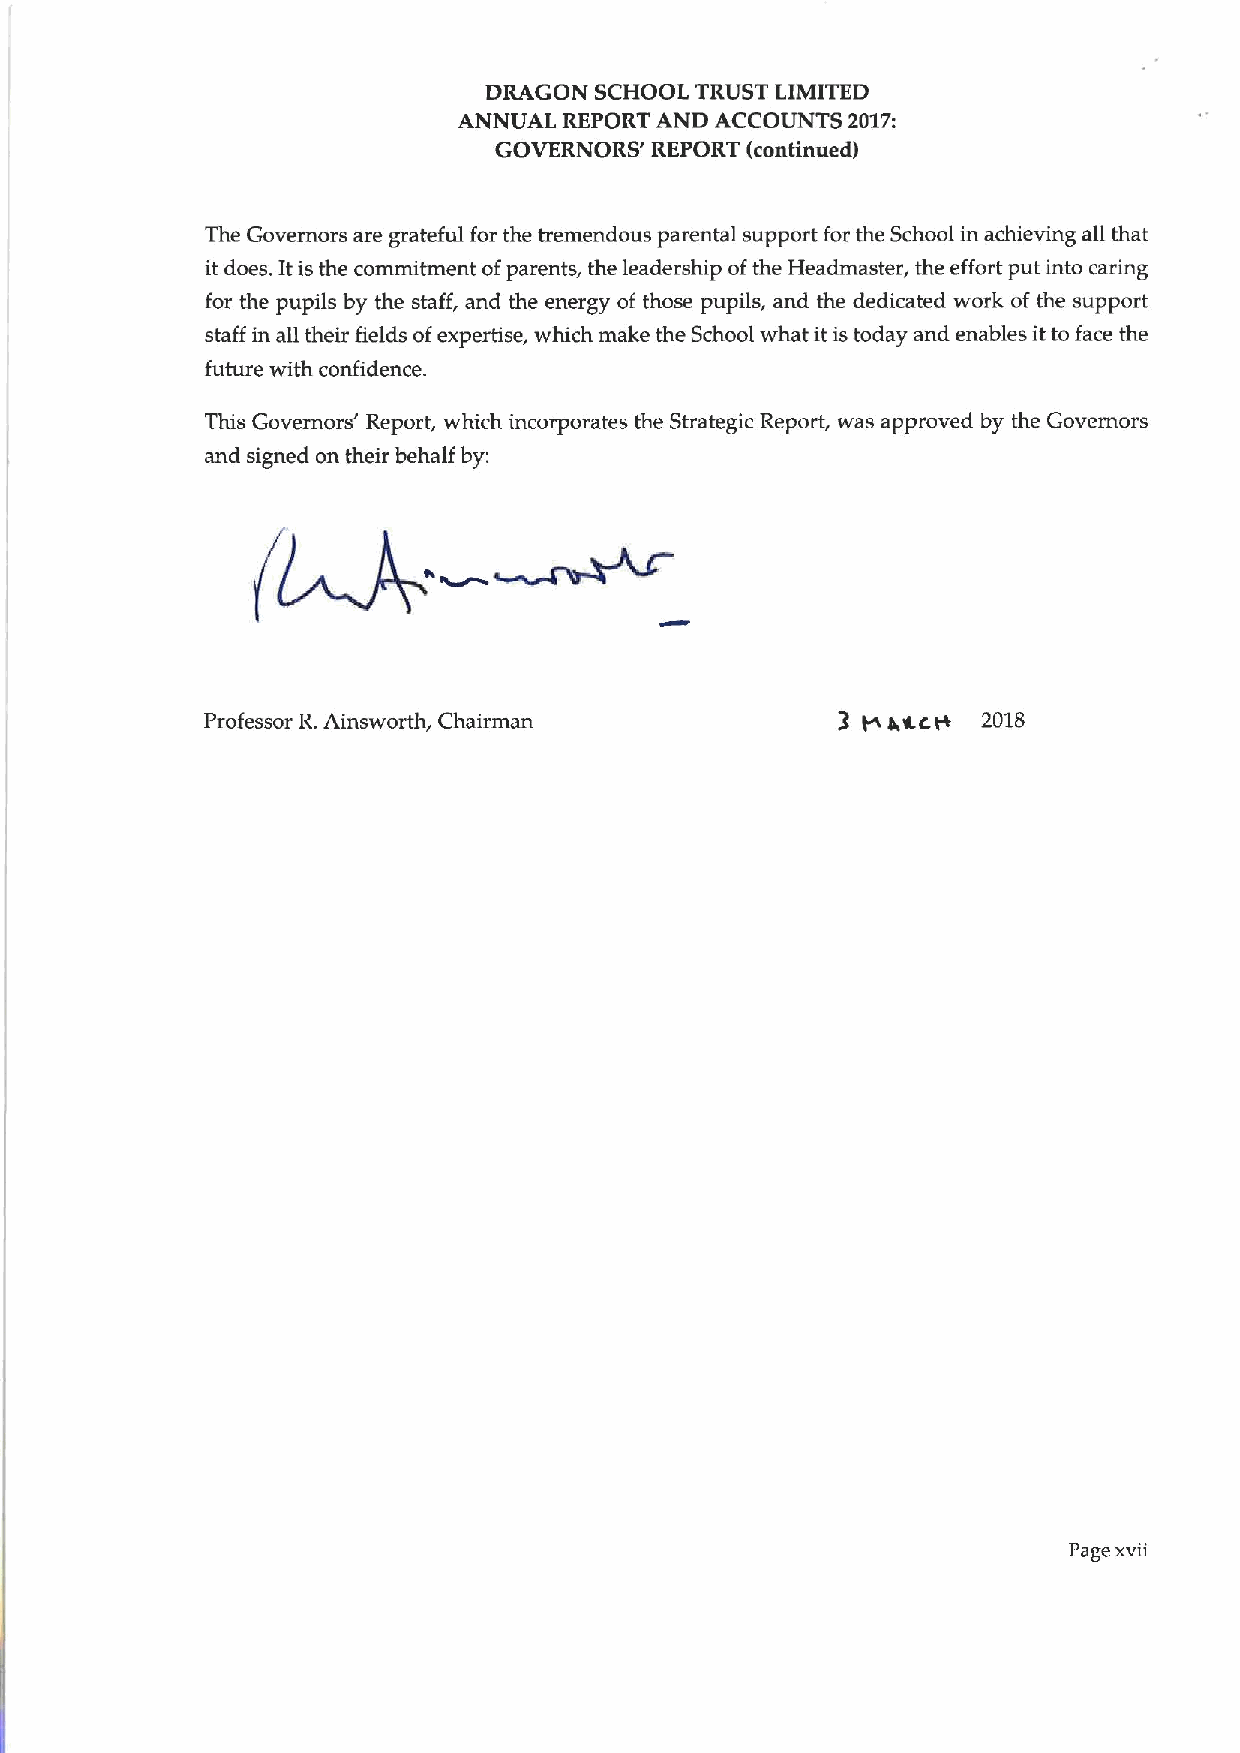
DRAGON SCHOOL TRUST LIMITED
 ANNUAL REPORT AND ACCOUNTS 2017:
 GOVERNORS' REPORT (continued)
 The Governors are grateful for the tremendous parental support for the School in achieving all that
 it does. Itis the commitment ofparents, the leadership ofthe Headmaster, the effort put into caring
 for the pupils by the staff, and the energy of those pupils, and the dedicated work of the support
 staff in all their fields ofexpertise, which make the School what itis today and enables itto face the
 future with confidence.
 This Governors' Report, which incorporates the Strategic Report, was approved by the Governors
 and signed on their behalf by:
 Professor R.Ainsworth, Chairman          3 Pt a,ac.ta 2018
 Page xvii